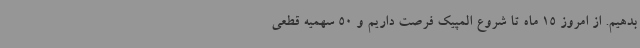
بدهیم. از امروز 15 ماه تا شروع المپیک فرصت داریم و 50 سهمیه قطعی